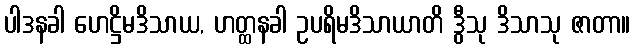
ပါဒနခါ ဟေဋ္ဌိမဒိသာယ, ဟတ္ထနခါ ဥပရိမဒိသာယာတိ ဒွီသု ဒိသာသု ဇာတာ။